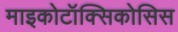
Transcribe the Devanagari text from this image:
माइकोटॉक्सिकोसिस